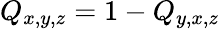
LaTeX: Q_{x,y,z}=1-Q_{y,x,z}